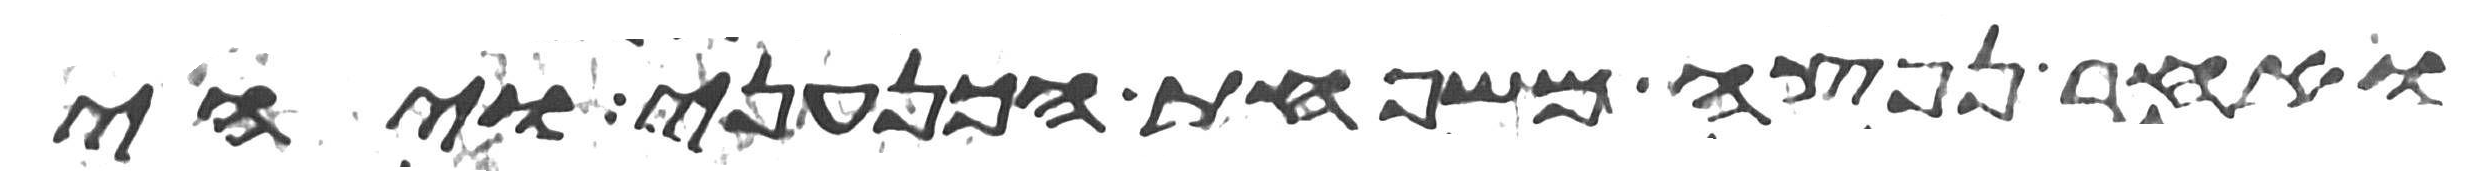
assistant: ואחר נפצה משפחת הכנעני ויהי